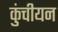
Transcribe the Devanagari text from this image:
कुंचीयन